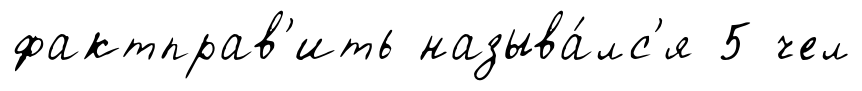
фактправ'ить называ́лс'я 5 чел